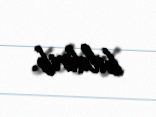
bildirib.